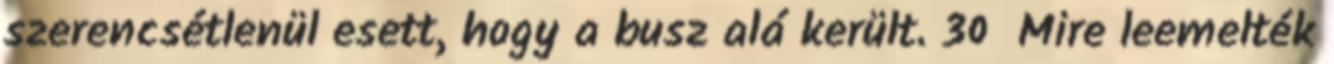
szerencsétlenül esett, hogy a busz alá került. 30 Mire leemelték